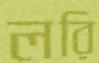
লরি